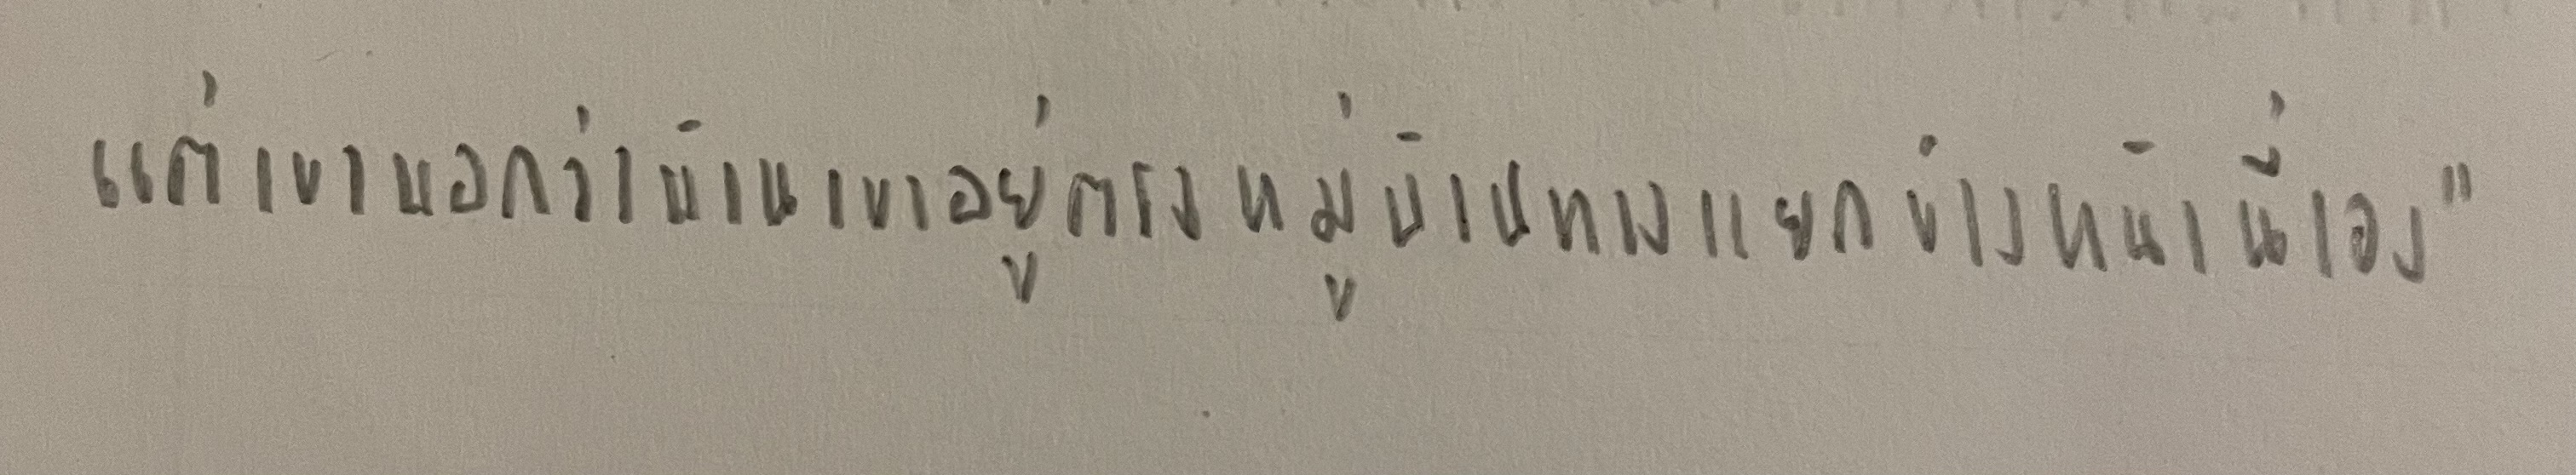
แต่เขาบอกว่าบ้านเขาอยู่ตรงหมู่บ้านทางแยกข้างหน้านี่เอง"